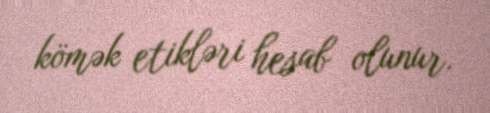
kömək etikləri hesab olunur.